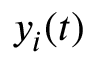
y _ { i } ( t )